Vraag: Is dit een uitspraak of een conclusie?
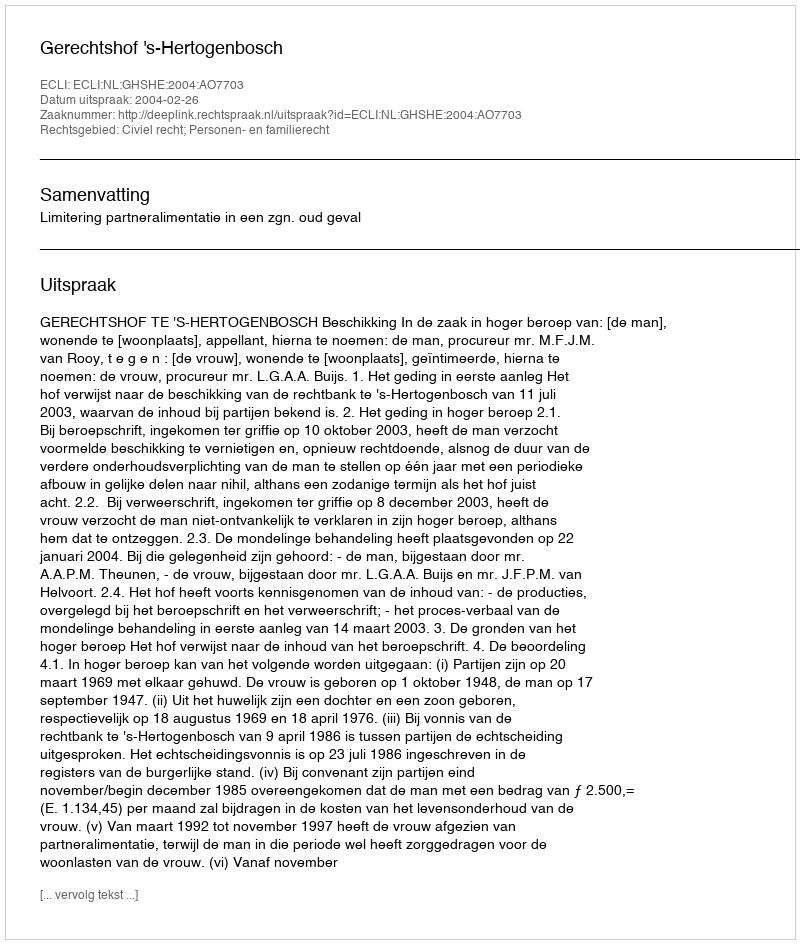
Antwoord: Uitspraak